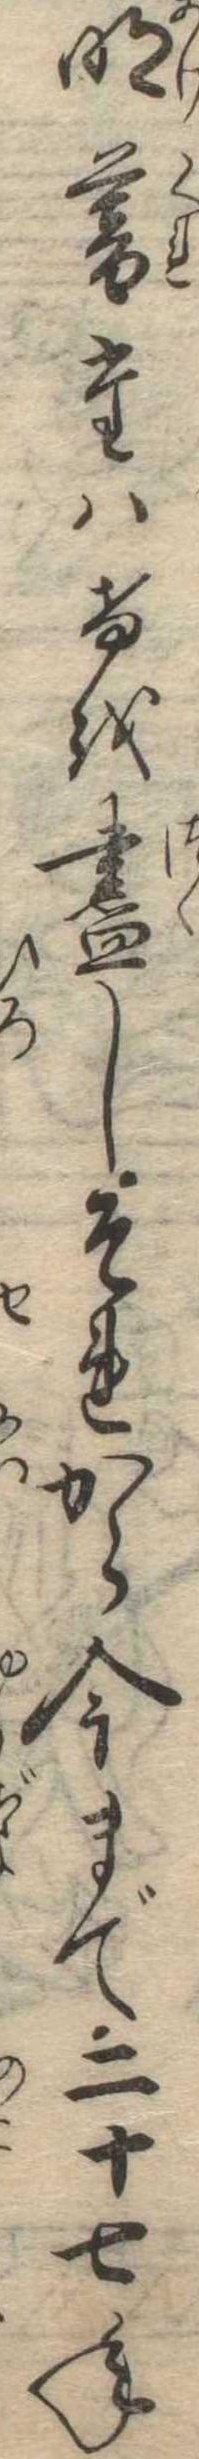
明暮たはけを尽しそれから今まで二十七年